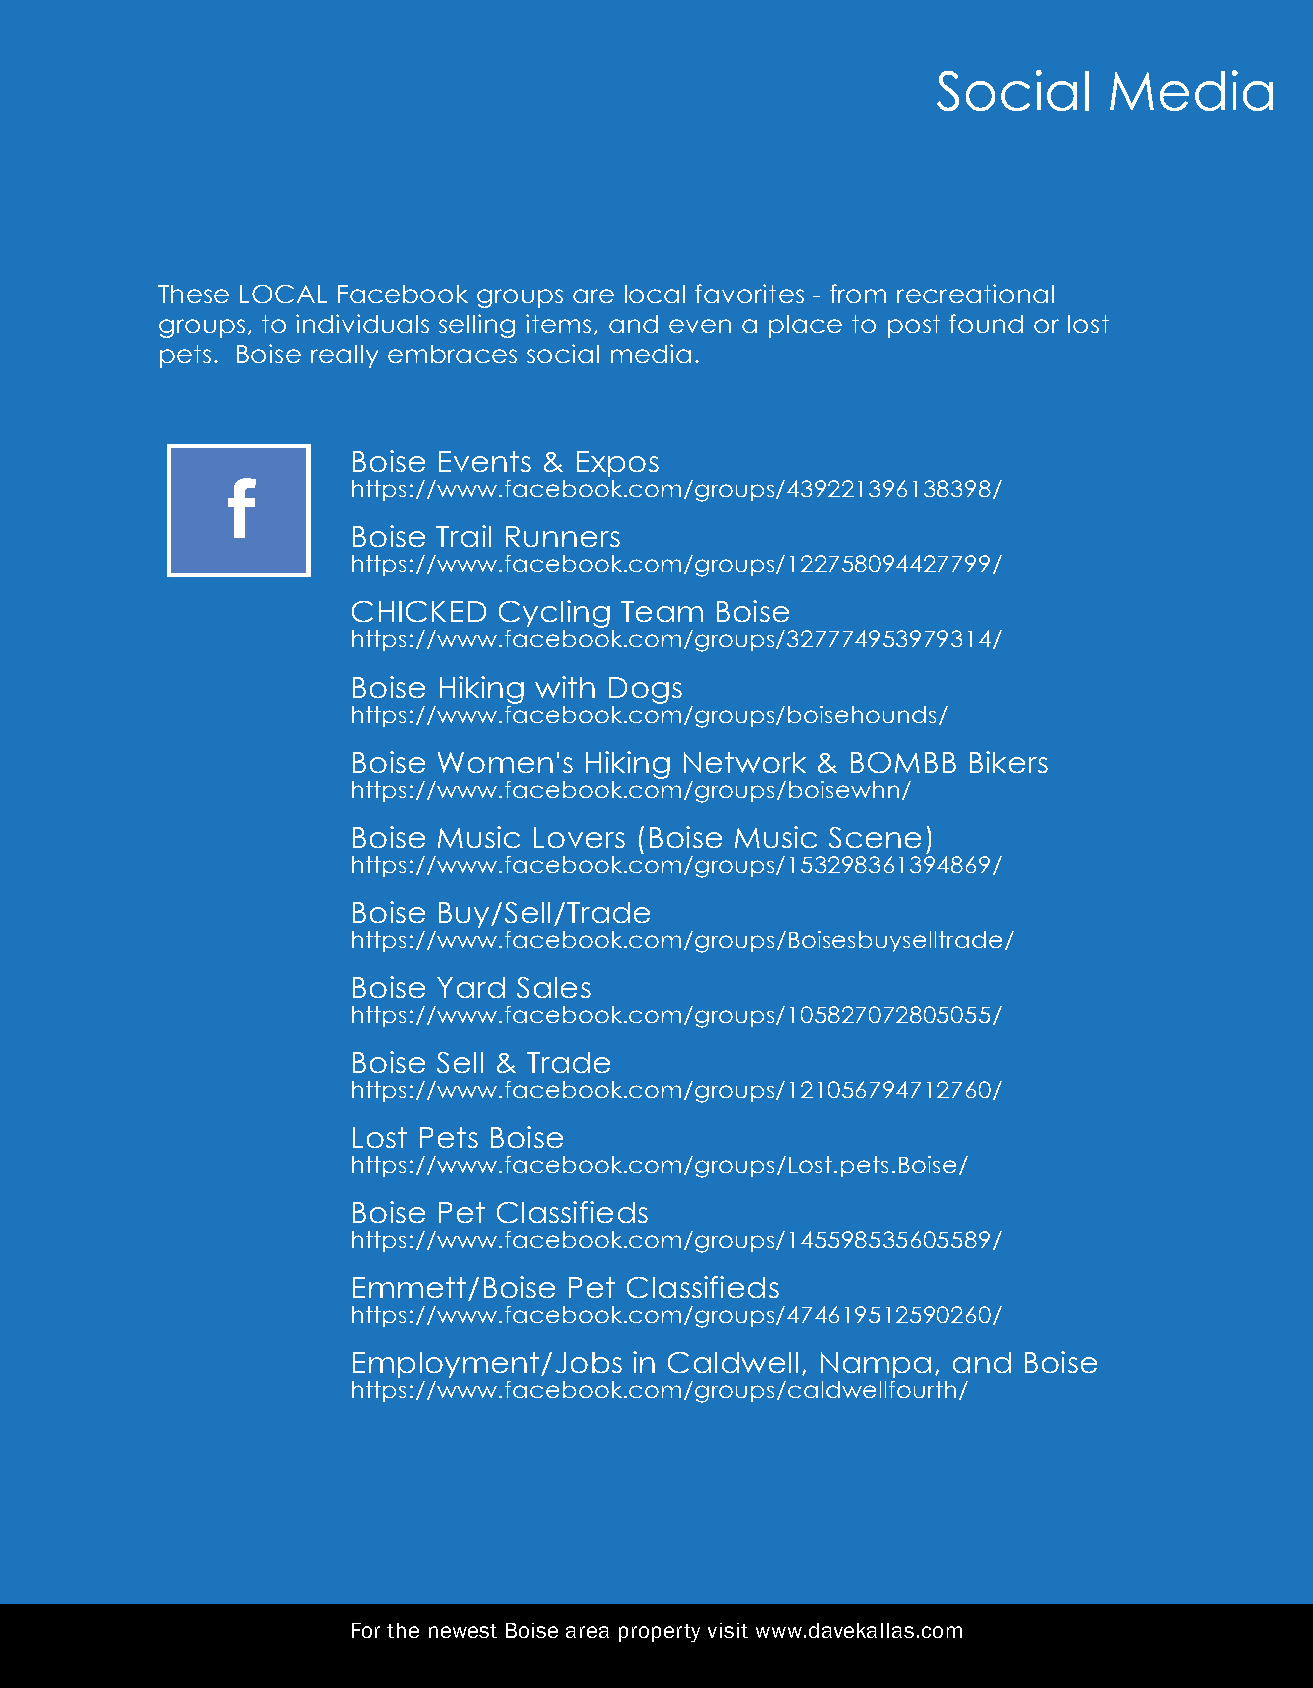
Social     Media
 These LOCAL Facebook  groups are local favorites - from recreational
 groups, to individuals selling items, and even a place to post found or lost
 pets. Boise really embraces social media.
 Boise Events & Expos
 https://www.facebook.com/groups/439221396138398/
 Boise Trail Runners
 https://www.facebook.com/groups/122758094427799/
 CHICKED   Cycling Team  Boise
 https://www.facebook.com/groups/327774953979314/
 Boise Hiking with Dogs
 https://www.facebook.com/groups/boisehounds/
 Boise Women's   Hiking Network & BOMBB   Bikers
 https://www.facebook.com/groups/boisewhn/
 Boise Music Lovers (Boise Music Scene)
 https://www.facebook.com/groups/153298361394869/
 Boise Buy/Sell/Trade
 https://www.facebook.com/groups/Boisesbuyselltrade/
 Boise Yard Sales
 https://www.facebook.com/groups/105827072805055/
 Boise Sell & Trade
 https://www.facebook.com/groups/121056794712760/
 Lost Pets Boise
 https://www.facebook.com/groups/Lost.pets.Boise/
 Boise Pet Classifieds
 https://www.facebook.com/groups/145598535605589/
 Emmett/Boise   Pet Classifieds
 https://www.facebook.com/groups/474619512590260/
 Employment/Jobs    in Caldwell, Nampa,  and  Boise
 https://www.facebook.com/groups/caldwellfourth/
 For the newest Boise area property visit www.davekallas.com